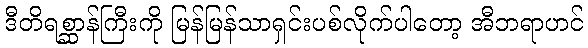
ဒီတိရစ္ဆာန်ကြီးကို မြန်မြန်သာရှင်းပစ်လိုက်ပါတော့ အီဘရာဟင်